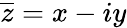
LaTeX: {\overline{{z}}}=x-iy